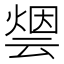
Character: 𰟋